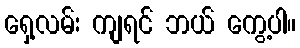
ရှေ့လမ်း ကျရင် ဘယ် ကွေ့ပါ။